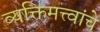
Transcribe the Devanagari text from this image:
व्यक्तिमत्त्वांचे